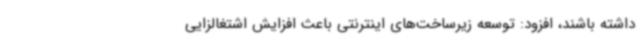
داشته باشند، افزود: توسعه زیرساخت‌های اینترنتی باعث افزایش اشتغالزایی